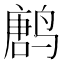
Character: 𱊝